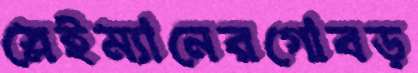
স্লেইম্যানেরগোবড়